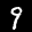
Label: 9